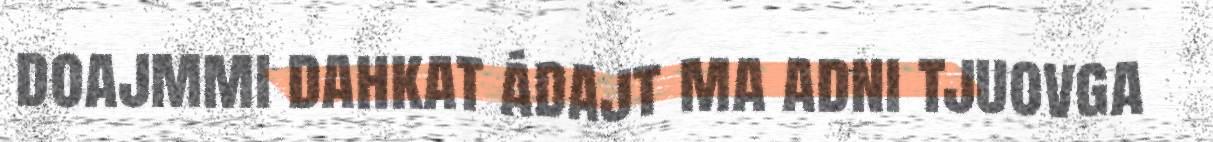
doajmmi dahkat ádajt ma adni tjuovga